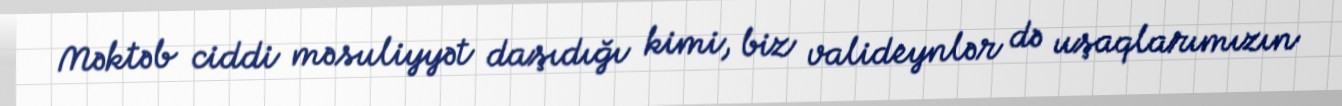
Məktəb ciddi məsuliyyət daşıdığı kimi, biz valideynlər də uşaqlarımızın